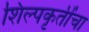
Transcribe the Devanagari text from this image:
शिल्पकृतींचा